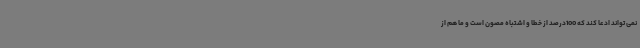
نمی تواند ادعا کند که 100درصد از خطا و اشتباه مصون است و ما هم از